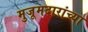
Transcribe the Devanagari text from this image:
मुजूमदारांच्या